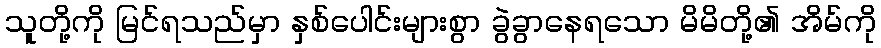
သူတို့ကို မြင်ရသည်မှာ နှစ်ပေါင်းများစွာ ခွဲခွာနေရသော မိမိတို့၏ အိမ်ကို